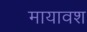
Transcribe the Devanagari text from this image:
मायावश